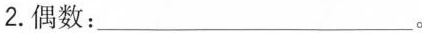
2.偶数：___。